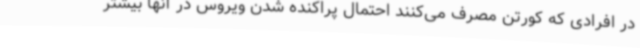
در افرادی که کورتن مصرف می‌کنند احتمال پراکنده شدن ویروس در آنها بیشتر